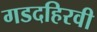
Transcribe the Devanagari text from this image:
गडदहिरवी